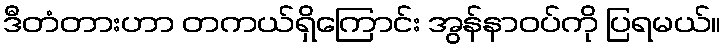
ဒီတံတားဟာ တကယ်ရှိကြောင်း အွန်နာဝပ်ကို ပြရမယ်။